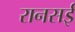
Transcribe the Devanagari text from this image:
रानसई